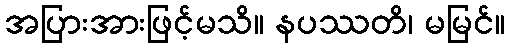
အပြားအားဖြင့်မသိ။ နပဿတိ၊ မမြင်။